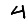
Digit: 4